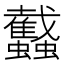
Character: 𧕾